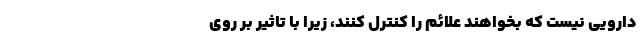
دارویی نیست که بخواهند علائم را کنترل کنند، زیرا با تاثیر بر روی